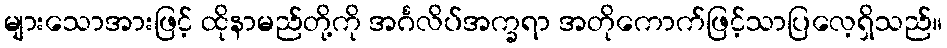
များသောအားဖြင့် ထိုနာမည်တို့ကို အင်္ဂလိပ်အက္ခရာ အတိုကောက်ဖြင့်သာပြလေ့ရှိသည်။